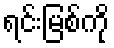
ရင်းမြစ်ကို